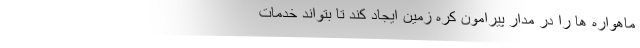
ماهواره ها را در مدار پیرامون کره زمین ایجاد کند تا بتواند خدمات